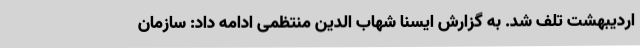
اردیبهشت تلف شد. به گزارش ایسنا شهاب الدین منتظمی ادامه داد: سازمان